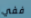
ففي